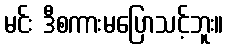
မင်း ဒီစကားမပြောသင့်ဘူး။